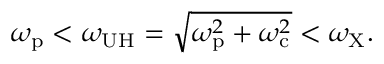
\omega _ { \mathrm { p } } < \omega _ { \mathrm { U H } } = \sqrt { \omega _ { \mathrm { p } } ^ { 2 } + \omega _ { \mathrm { c } } ^ { 2 } } < \omega _ { \mathrm { X } } .